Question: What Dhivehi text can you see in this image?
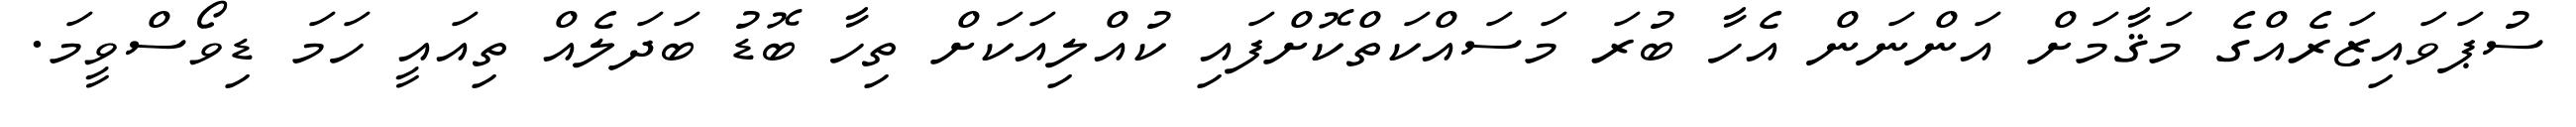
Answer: ސުޕަވައިޒަރެއްގެ މަޤާމަށް އަންނަން އެހާ ބުރަ މަސައްކަތްކޮށްފައި ކުއްލިއަކަށް ތިހާ ބޮޑު ބަދަލެއް ތިއައީ ހަމަ ޑިވޯސްވީމަ.